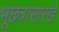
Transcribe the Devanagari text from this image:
भूछत्रासारखे